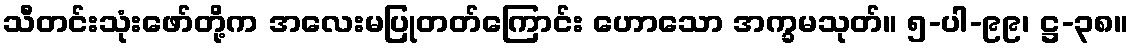
သီတင်းသုံးဖော်တို့က အလေးမပြုတတ်ကြောင်း ဟောသော အက္ခမသုတ်။ ၅-ပါ-၉၉၊ ဋ္ဌ-၃၈။